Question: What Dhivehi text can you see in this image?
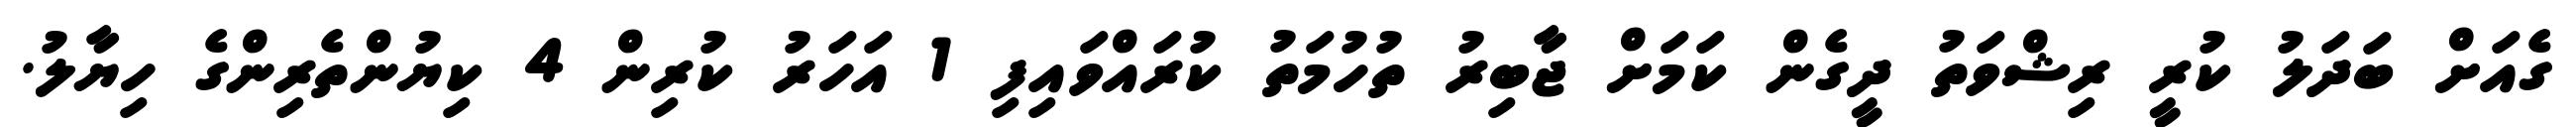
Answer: ގެއަށް ބަދަލު ކުރީ ރިޝްވަތު ދީގެން ކަމަށް ޖާބިރު ތުހުމަތު ކުރައްވައިފި 1 އަހަރު ކުރިން 4 ކިޔުންތެރިންގެ ހިޔާލު.